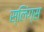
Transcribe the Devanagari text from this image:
स्लिंग्स